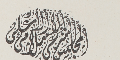
المجلس الشرعى الاسلامى الاعلى